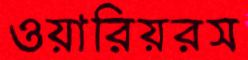
ওয়ারিয়রস